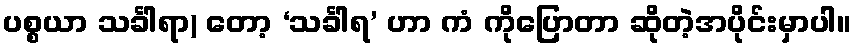
ပစ္စယာ သင်္ခါရာ) တော့ ‘သင်္ခါရ’ ဟာ ကံ ကိုပြောတာ ဆိုတဲ့အပိုင်းမှာပါ။